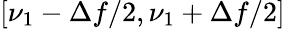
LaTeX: [\nu_{1}-\Delta f/2,\nu_{1}+\Delta f/2]